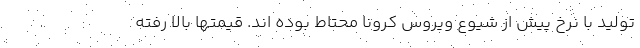
تولید با نرخ پیش از شیوع ویروس کرونا محتاط بوده اند. قیمتها بالا رفته